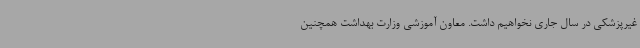
غیرپزشکی در سال جاری نخواهیم داشت. معاون آموزشی وزارت بهداشت همچنین